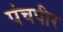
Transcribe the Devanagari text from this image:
पंचपीर